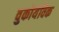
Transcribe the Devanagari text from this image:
वुकोयेविक